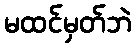
မထင်မှတ်ဘဲ